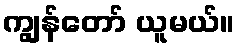
ကျွန်တော် ယူမယ်။